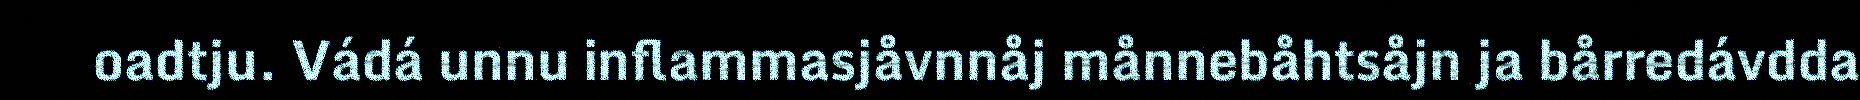
oadtju. Vádá unnu inflammasjåvnnåj månnebåhtsåjn ja bårredávdda